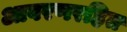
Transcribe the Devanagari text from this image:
आवरणरहित